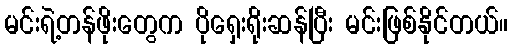
မင်းရဲ့တန်ဖိုးတွေက ပိုရှေးရိုးဆန်ပြီး မင်းဖြစ်နိုင်တယ်။